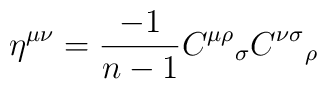
\eta^{\mu\nu} = \frac{-1}{n-1}{C^{\mu\rho}}_\sigma {C^{\nu\sigma}}_\rho